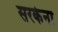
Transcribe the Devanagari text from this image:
सरकेना